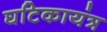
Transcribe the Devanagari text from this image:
घटिकायंत्र